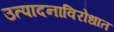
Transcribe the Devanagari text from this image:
उत्पादनाविरोधात